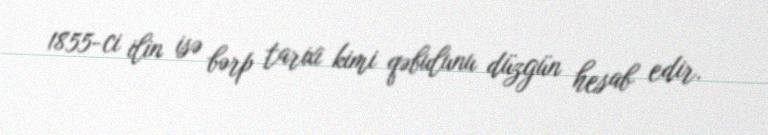
1855-ci ilin isə bərp tarixi kimi qəbulunu düzgün hesab edir.